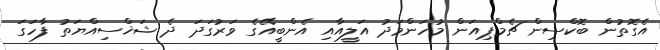
އެގޮތުން ބޮކްސިން ޗެމްޕިއަން މުހަންމަދު އަލީއާއި އެންބީއޭގެ ވަރުގަދަ ދެ ޝަޚްސިއްޔަތު ފާހަގަ